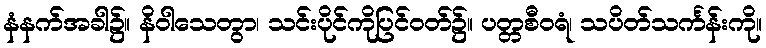
နံနက်အခါ၌။ နိဝါသေတွာ၊ သင်းပိုင်ကိုပြင်ဝတ်၌။ ပတ္တစီဝရံ၊ သပိတ်သင်္ကန်းကို။